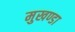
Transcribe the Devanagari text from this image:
मुखण्डा